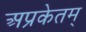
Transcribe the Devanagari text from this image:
अप्रकेतम्